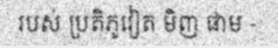
របស់ ប្រតិភូវៀត មិញ ផាម -